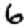
Digit: 6